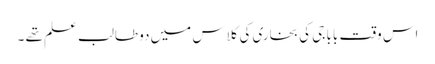
اس وقت بابا جی کی بخاری کی کلاس میں دو طالب علم تھے ۔